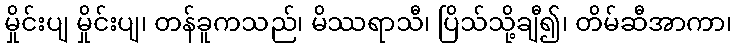
မှိုင်းပျ မှိုင်းပျ၊ တန်ခူကသည်၊ မိဿရာသီ၊ ပြိသ်သို့ချီ၍၊ တိမ်ဆီအာကာ၊